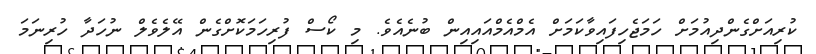
ކުރިއަށްގެންދިއުމަށް ހަމަޖެހިފައިވާކަމަށް އެމްއެމްއައިއިން ބުނެއެވެ. މި ކޯސް ފުރިހަމަކޮށްގެން އޭލެވެލް ނުހަދާ ހުރިނަމަ